Vaccination in the Punjab 1905-1918 - 1905-1918
Year: 1905
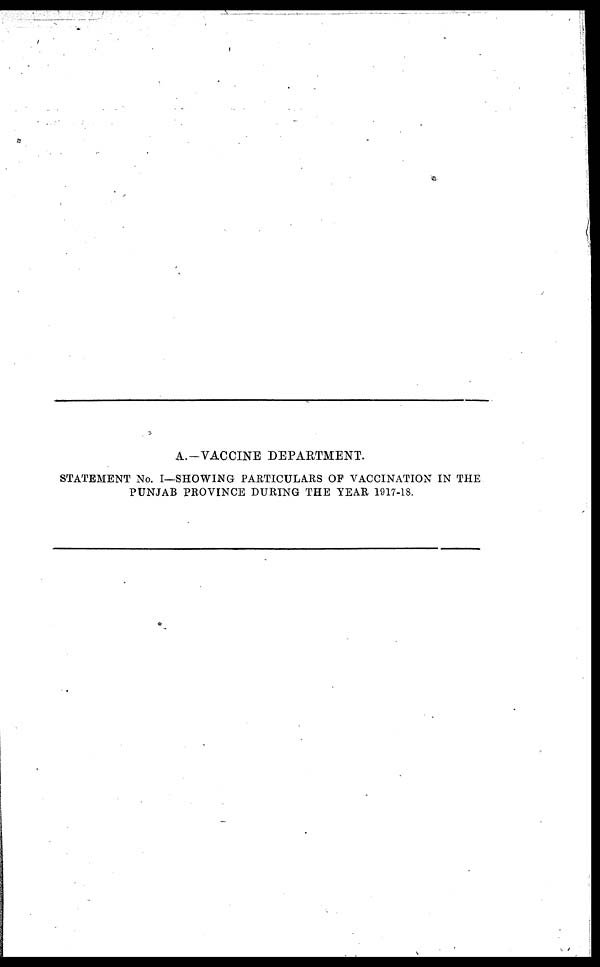
A.—VACCINE DEPARTMENT.
STATEMENT No. I—SHOWING PARTICULARS OF VACCINATION IN THE
PUNJAB PROVINCE DURING THE YEAR 1917-18.